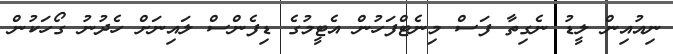
ނިއުއިން ލީޑު ނެގިތާ ފަސް މިނެޓްފަހުން އެޓީމުގެ ޑިފެންސް ލައިނަށް ހެދުނު ގޯހަކުން